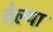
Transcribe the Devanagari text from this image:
तेल्या